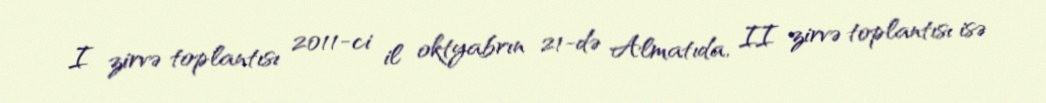
I zirvə toplantısı 2011-ci il oktyabrın 21-də Almatıda, II zirvə toplantısı isə